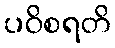
ပဝိစရတိ